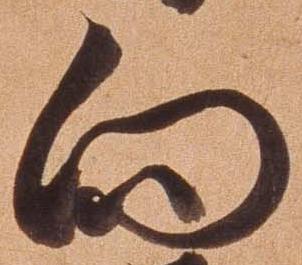
向